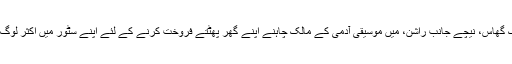
مائیک گھاس، نیچے جانب راشن، میں موسیقی آدمی کے مالک چاہنے اپنے گھر پھٹتے فروخت کرنے کے لئے اپنے سٹور میں اکثر لوگ ہے ۔